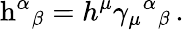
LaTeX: \mathrm{h}^{\alpha}{}_{\beta}=h^{\mu}\gamma_{\mu}{}^{\alpha}{}_{\beta}\, .